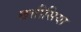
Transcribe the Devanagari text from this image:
छत्तीसिया